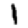
Digit: 1